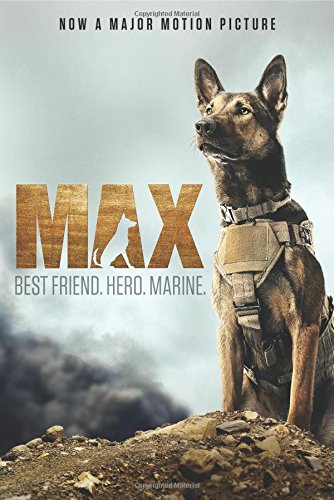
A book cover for Max: Best Friend. Hero. Marine.; Boaz Yakin; Children's Books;